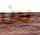
نحن